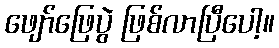
ဖျော်ဖြေပွဲ ဖြစ်လာပြီပေါ့။